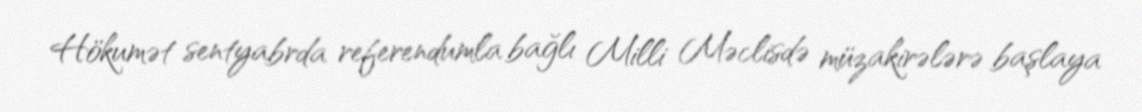
Hökumət sentyabrda referendumla bağlı Milli Məclisdə müzakirələrə başlaya